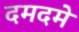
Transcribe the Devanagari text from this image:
दमदमे